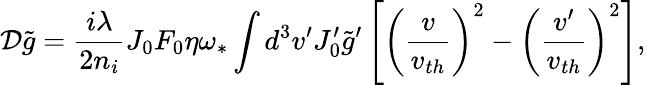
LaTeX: {\cal D}\tilde{g}=\frac{i\lambda}{2n_{i}}J_{0}F_{0}\eta\omega_{\ast}\int d^{3}v^{\prime}J_{0}^{\prime}\tilde{g}^{\prime}\left[\left(\frac{v}{v_{th}}\right)^{2}-\left(\frac{v^{\prime}}{v_{th}}\right)^{2}\right],